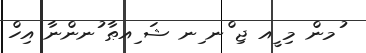
ުމން މި ީއ ޖި ްނ ިނ ޝަ ިއޠާ ުނންނާ އިހް